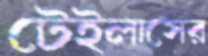
টেইলাসের